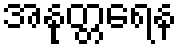
အနုတ္တရေန